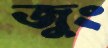
জুং